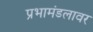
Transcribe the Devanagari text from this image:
प्रभामंडलावर